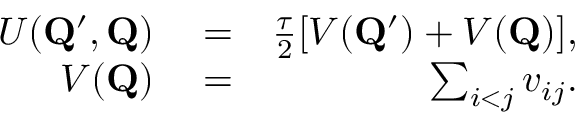
\begin{array} { r l r } { U ( \mathbf { Q } ^ { \prime } , \mathbf { Q } ) } & { { } = } & { \frac { \tau } { 2 } [ V ( \mathbf { Q } ^ { \prime } ) + V ( \mathbf { Q } ) ] , } \\ { V ( \mathbf { Q } ) } & { { } = } & { \sum _ { i < j } v _ { i j } . } \end{array}